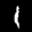
Label: 1